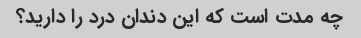
چه مدت است که این دندان درد را دارید؟